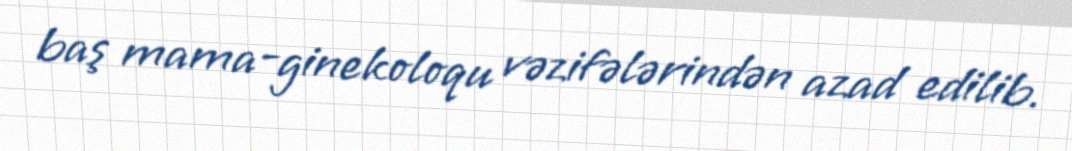
baş mama-ginekoloqu vəzifələrindən azad edilib.